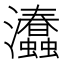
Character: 𤅧